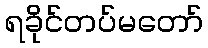
ရခိုင်တပ်မတော်